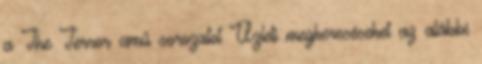
a The Terror című sorozatot Üzleti megkereséseket az alábbi